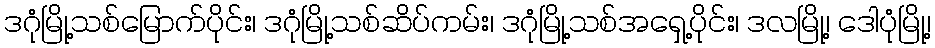
ဒဂုံမြို့သစ်မြောက်ပိုင်း၊ ဒဂုံမြို့သစ်ဆိပ်ကမ်း၊ ဒဂုံမြို့သစ်အရှေ့ပိုင်း၊ ဒလမြို့၊ ဒေါပုံမြို့၊